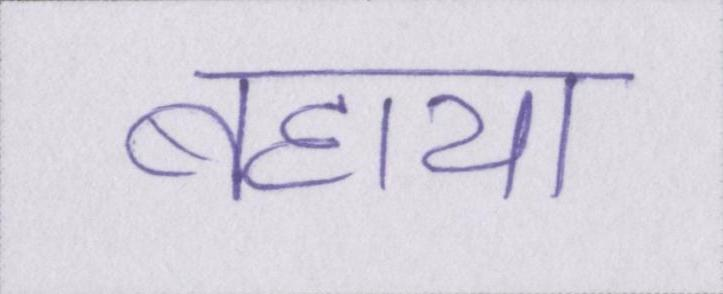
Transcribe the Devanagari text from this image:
बहाया